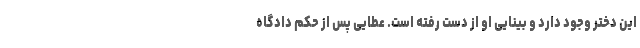
این دختر وجود دارد و بینایی او از دست رفته است. عطایی پس از حکم دادگاه